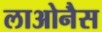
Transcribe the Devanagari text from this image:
लाओनैस